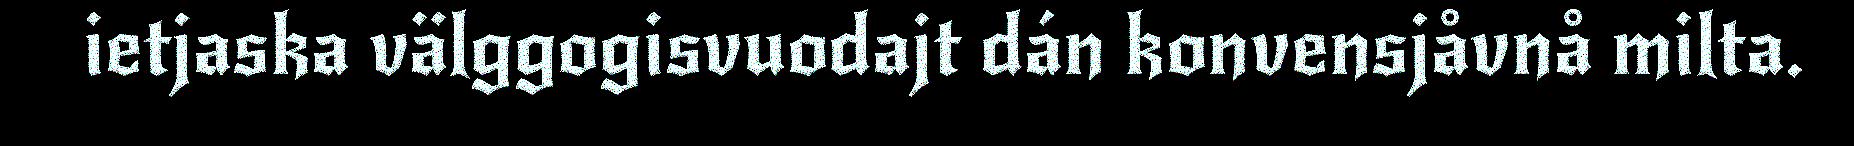
ietjaska välggogisvuodajt dán konvensjåvnå milta.